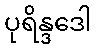
ပုရိန္ဒဒေါ